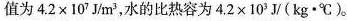
值为$$4 . 2 \times 1 0 ^ { 7 } J / m ^ { 3 }$$，水的比热容为$$4 . 2 \times 1 0 ^ { 3 } J / ( k g · ℃ )$$。